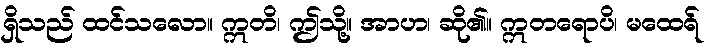
ရှိသည် ထင်သလော။ ဣတိ၊ ဤသို့။ အာဟ၊ ဆို၏။ ဣတရောပိ၊ မထေရ်